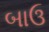
બાઉ